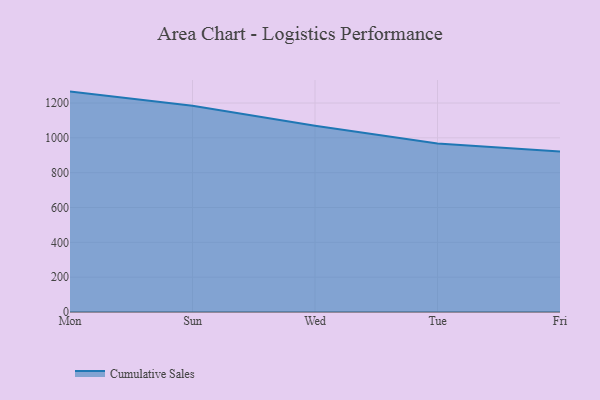
{"axis": {"x": "Day", "y": "Backlog"}, "legend": ["Cumulative Sales"], "data": [{"x": "Mon", "y": 1265.6, "type": "Cumulative Sales"}, {"x": "Sun", "y": 1184.1, "type": "Cumulative Sales"}, {"x": "Wed", "y": 1069.6, "type": "Cumulative Sales"}, {"x": "Tue", "y": 968.0, "type": "Cumulative Sales"}, {"x": "Fri", "y": 921.9, "type": "Cumulative Sales"}]}